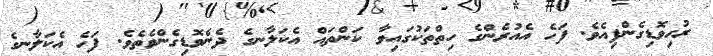
ރުހިވޮޑިގެންފިއެވެ. ފަހެ އެއުރެންގެ ހިތްތަކުގައިވާ ކަންތައް އެކަލާނގެ ދެނެވޮޑިގެންވެތެވެ. ފަހެ އެކަލާނގެ